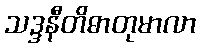
သဒ္ဒနီတိဓာတုမာလာ